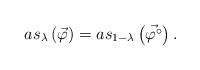
LaTeX: \begin{align*} as_{ \lambda} \left( \vec \varphi \right) = as_{ 1- \lambda} \left( \vec{\varphi^\circ}\right) .\end{align*}